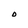
Character: O